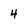
Character: 4